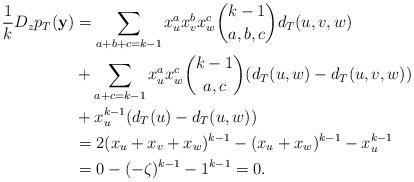
LaTeX: \begin{align*} \frac{1}{k} D_z p_T (\mathbf{y}) &= \sum_{a+b+c=k-1} x_u^a x_v^b x_w^c \binom{k-1}{a,b,c} d_T(u,v,w) \\ & + \sum_{a+c=k-1} x_u^a x_w^c \binom{k-1}{a,c} (d_T(u,w)-d_T(u,v,w)) \\ & + x_u^{k-1} (d_T(u)-d_T(u,w))\\ &= 2 (x_u+x_v+x_w)^{k-1} - (x_u+x_w)^{k-1} - x_u^{k-1} \\ &= 0 - (-\zeta)^{k-1} - 1^{k-1} = 0. \end{align*}